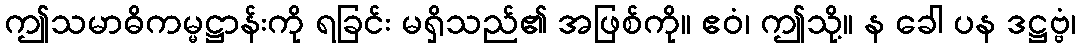
ဤသမာဓိကမ္မဋ္ဌာန်းကို ရခြင်း မရှိသည်၏ အဖြစ်ကို။ ဧဝံ၊ ဤသို့။ န ခေါ ပန ဒဋ္ဌဗ္ဗံ၊